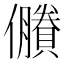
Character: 𠑇